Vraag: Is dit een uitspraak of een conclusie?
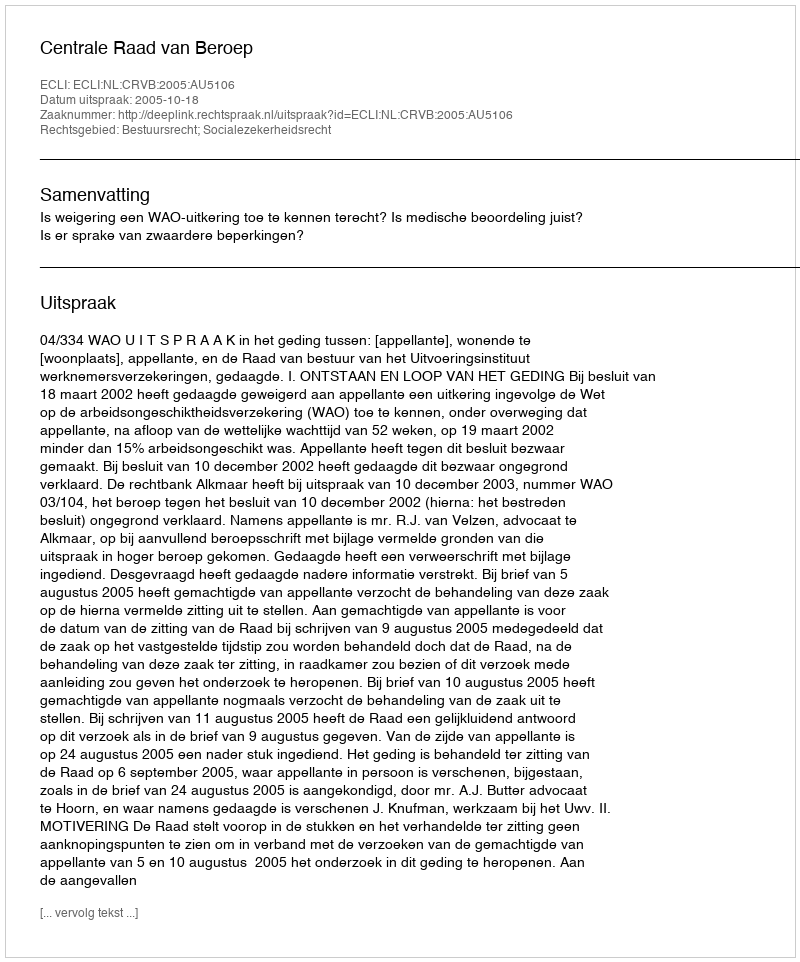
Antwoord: Uitspraak